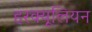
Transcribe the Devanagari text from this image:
हरक्यूलियन